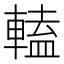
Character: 𨍰